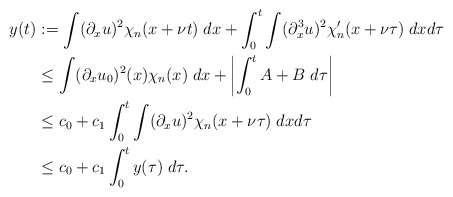
\begin{align*}y(t)&:= \int (\partial_xu)^2 \chi_n(x+\nu t) \; dx + \int_0^t\int (\partial_x^3u)^2 \chi_n'(x+\nu\tau) \; dxd\tau \\&\leq \int (\partial_xu_0)^2(x)\chi_n(x) \; dx + \left|\int_0^t A+B \; d\tau\right| \\&\leq c_0 + c_1 \int_0^t \int (\partial_xu)^2 \chi_n(x+\nu\tau) \; dxd\tau \\&\leq c_0 + c_1 \int_0^t y(\tau) \; d\tau.\end{align*}